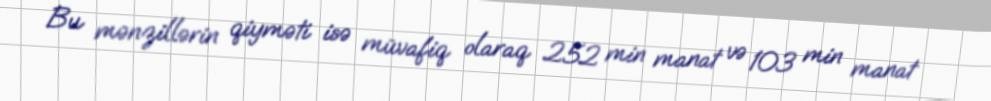
Bu mənzillərin qiyməti isə müvafiq olaraq 252 min manat və 103 min manat